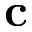
\mathbf { c }